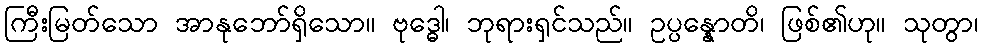
ကြီးမြတ်သော အာနုဘော်ရှိသော။ ဗုဒ္ဓေါ၊ ဘုရားရှင်သည်။ ဥပ္ပန္နောတိ၊ ဖြစ်၏ဟု။ သုတွာ၊